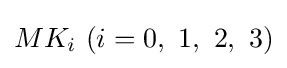
MK_{i}\ (i=0,\ 1,\ 2,\ 3)